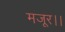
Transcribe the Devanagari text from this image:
मजूर।।